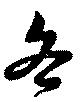
各